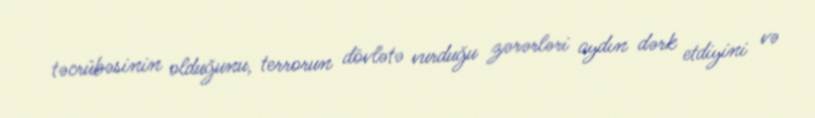
təcrübəsinin olduğunu, terrorun dövlətə vurduğu zərərləri aydın dərk etdiyini və